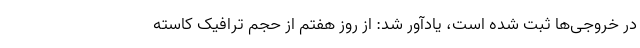
در خروجی‌ها ثبت شده است، یادآور شد: از روز هفتم از حجم ترافیک کاسته